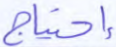
إحتياج